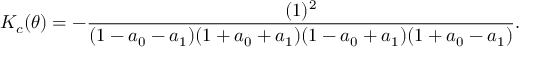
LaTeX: K _ { c } ( \theta ) = - \frac { ( 1 ) ^ { 2 } } { ( 1 - a _ { 0 } - a _ { 1 } ) ( 1 + a _ { 0 } + a _ { 1 } ) ( 1 - a _ { 0 } + a _ { 1 } ) ( 1 + a _ { 0 } - a _ { 1 } ) } .